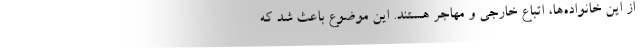
از این خانواده‌ها، اتباع خارجی و مهاجر هستند. این موضوع باعث شد که